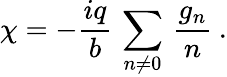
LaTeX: \chi=-\frac{iq}{b}\, \sum_{n\not=0}\, \frac{g_{n}}{n}\: .